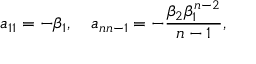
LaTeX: a _ { 1 1 } = - \beta _ { 1 } , \quad a _ { n n - 1 } = - \frac { \beta _ { 2 } \beta _ { 1 } ^ { n - 2 } } { n - 1 } ,